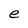
Character: e